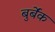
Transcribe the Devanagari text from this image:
बुर्बेंक